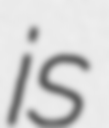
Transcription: is